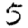
Digit: 5